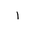
Letter: _alif